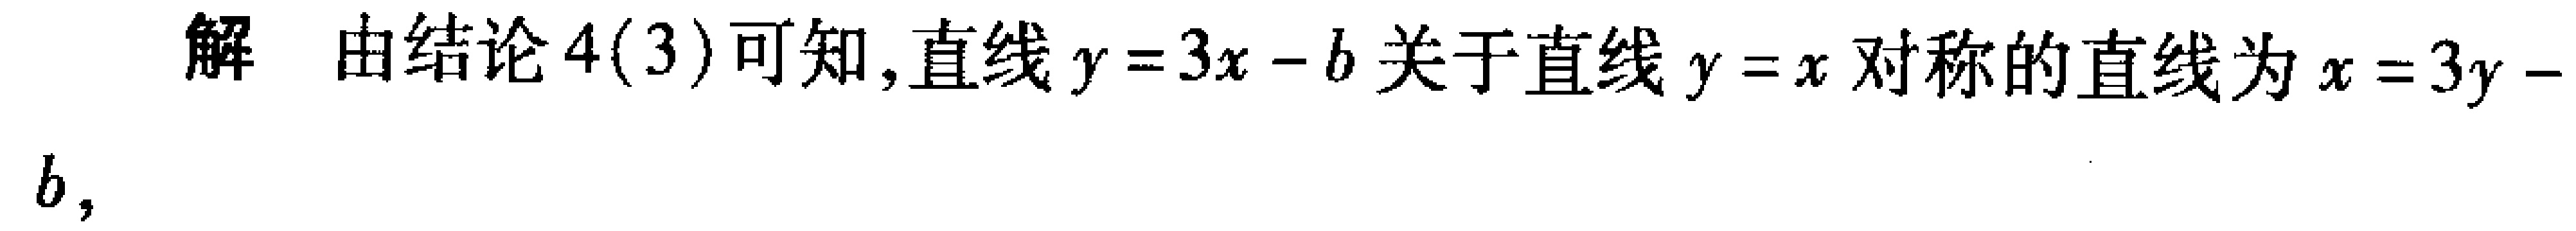
解 由结论4(3)可知,直线\(y = 3x - b\)关于直线\(y = x\)对称的直线为\(x = 3y - b\)，